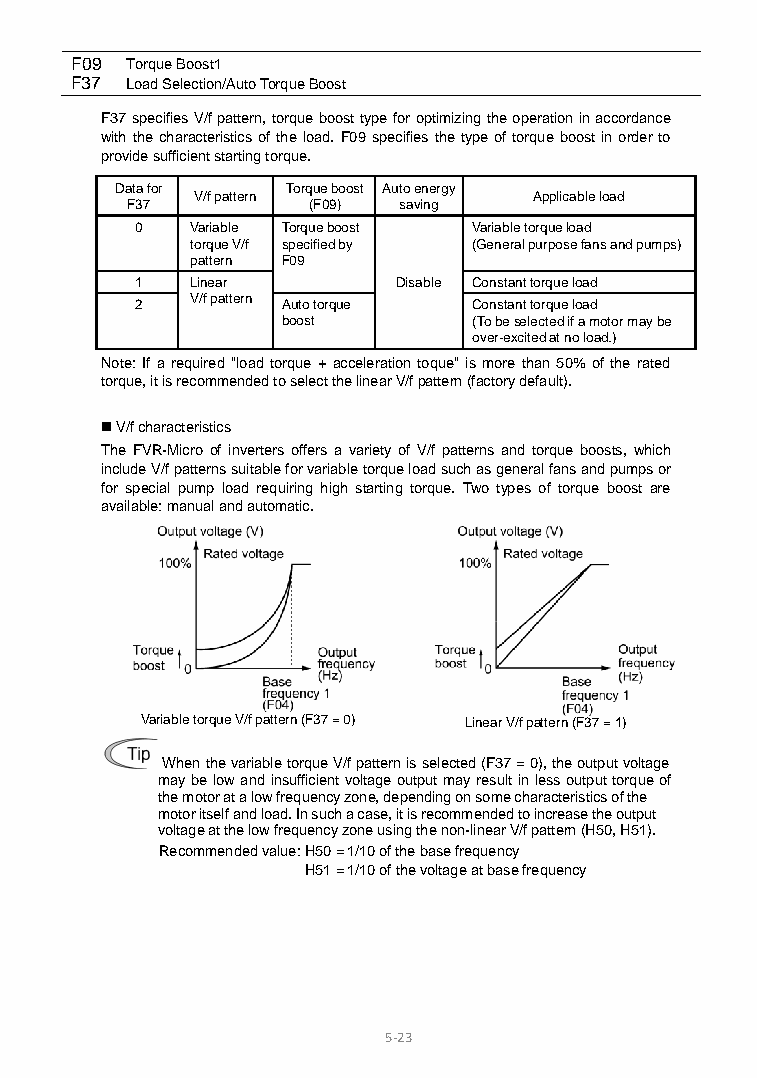
F09 Torque Boost1
 F37 Load Selection/Auto Torque Boost
 F37 specifies V/f pattern, torque boost type for optimizing the operation in accordance
 with the characteristics of the load. F09 specifies the type of torque boost in order to
 provide sufficient starting torque.
 Data for   Torque boost Auto energy
 V/f pattern           Applicable load
 F37         (F09) saving
 0   Variable Torque boost Variable torque load
 torque V/f specified by (General purpose fans and pumps)
 pattern F09
 1   Linear       Disable Constant torque load
 2   V/f pattern Auto torque Constant torque load
 boost       (To be selected if a motor may be
 over-excited at no load.)
 Note: If a required "load torque + acceleration toque" is more than 50% of the rated
 torque, it is recommended to select the linear V/f pattern (factory default).
  V/f characteristics
 The FVR-Micro of inverters offers a variety of V/f patterns and torque boosts, which
 include V/f patterns suitable for variable torque load such as general fans and pumps or
 for special pump load requiring high starting torque. Two types of torque boost are
 available: manual and automatic.
 Variable torque V/f pattern (F37 = 0) Linear V/f pattern (F37 = 1)
 When the variable torque V/f pattern is selected (F37 = 0), the output voltage
 may be low and insufficient voltage output may result in less output torque of
 the motor at a low frequency zone, depending on some characteristics of the
 motor itself and load. In such a case, it is recommended to increase the output
 voltage at the low frequency zone using the non-linear V/f pattern (H50, H51).
 Recommended value: H50 = 1/10 of the base frequency
 H51 = 1/10 of the voltage at base frequency
 5-23